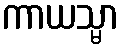
ကာယသ္မာ